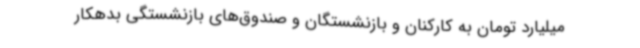
میلیارد تومان به کارکنان و بازنشستگان و صندوق‌های بازنشستگی بدهکار